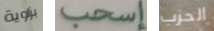
بزاوية إسحب الحزب